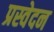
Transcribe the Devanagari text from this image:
प्रस्वेदन